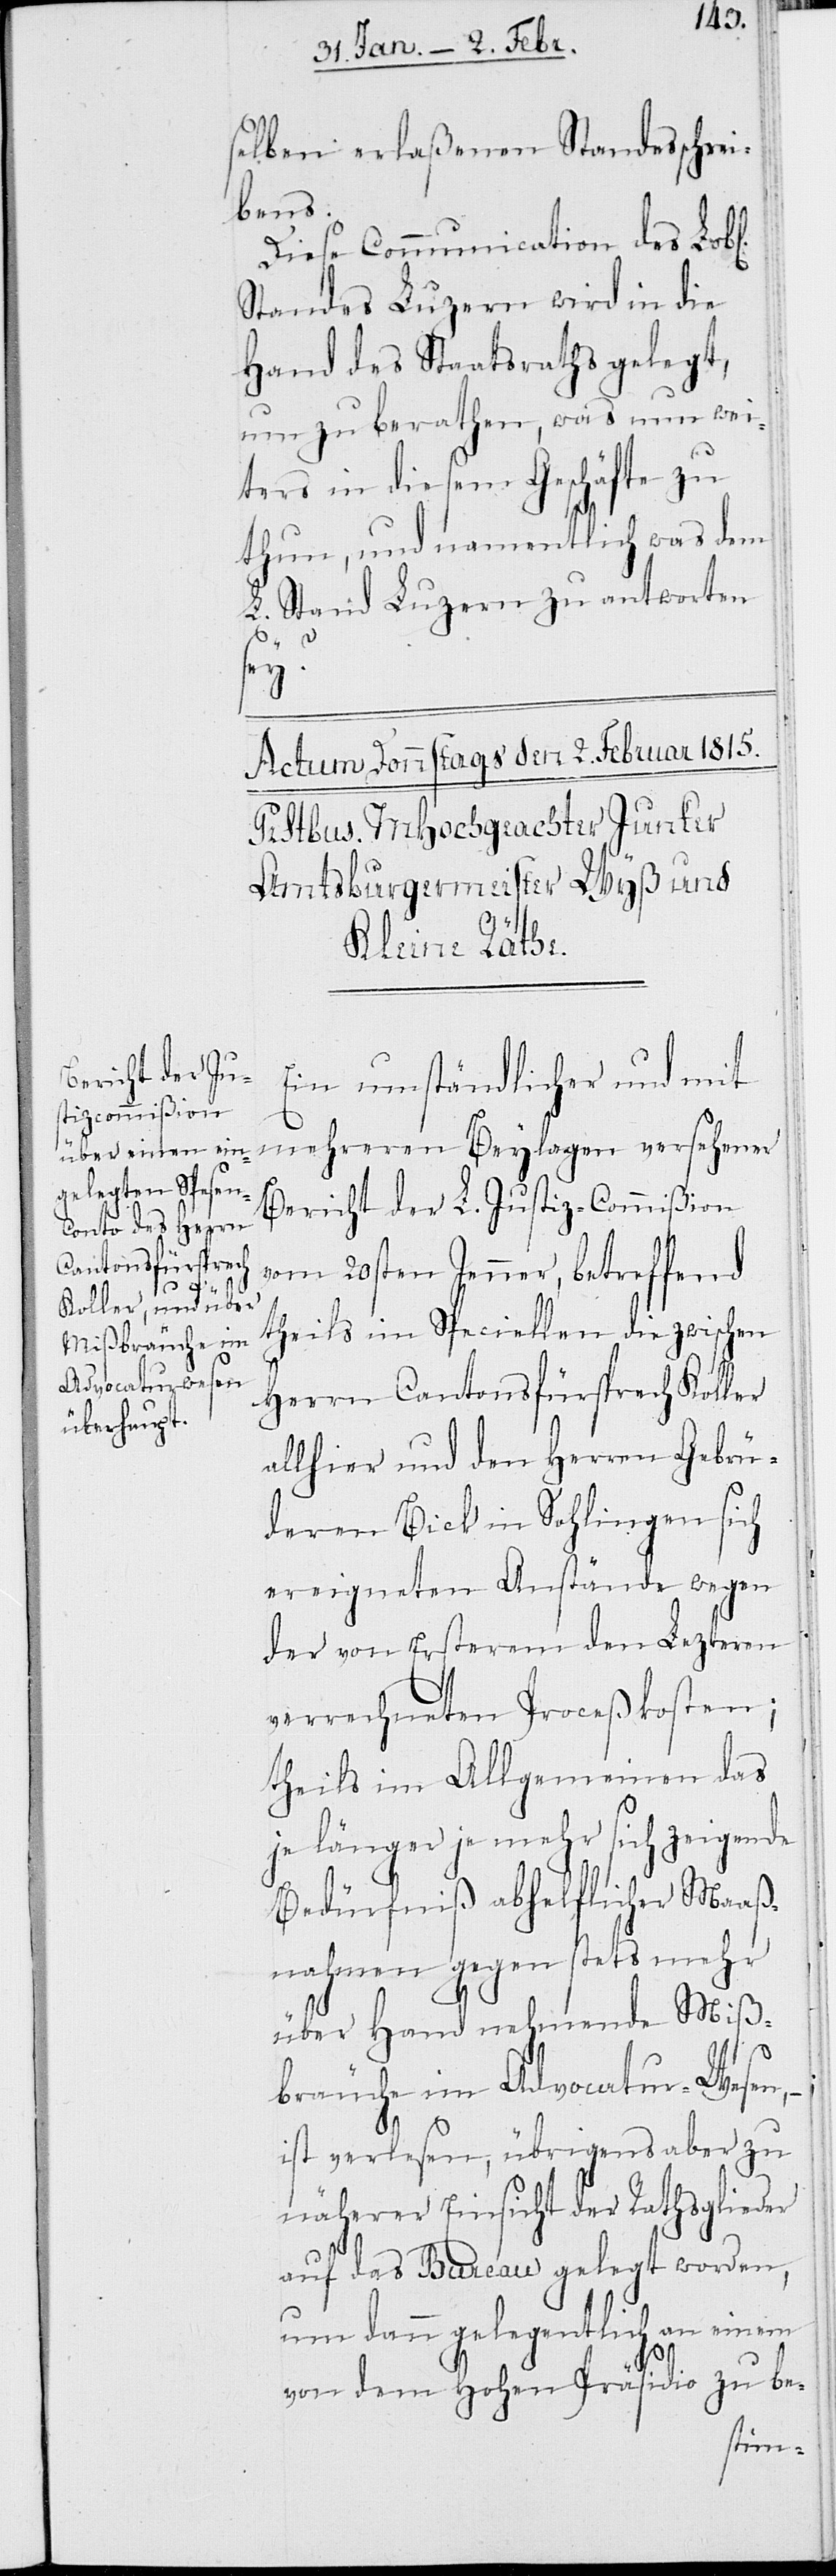
selben erlaßenen Standesschrei¬
bens.
Diese Communication des Lob¬
Standes Luzern wird in die
Hand des Staatsraths gelegt,
um zu berathen, was nun wei¬
ters in diesem Geschäfte zu
thun, und namentlich was dem
L. Stand Luzern zu antworten
sey?
Ein umständlicher und mit
mehreren Beylagen versehener
Bericht der L. Justiz-Commißion
vom 20sten Jenner, betreffend
theils im Speciellen die zwischen
Herrn Cantonsfürsprech Koller
allhier und den Herren Gebrü¬
deren Bick in Sohlingen sich
ereigneten Anstände wegen
der von Ersterem den Lezteren
verrechneten Proceßkosten;
theils im Allgemeinen das
je länger je mehr sich zeigende
Bedürfniß abhelflicher Maaß¬
nahmen gegen stets mehr
über Hand nehmende Miß¬
bräuche im Advocatur-Wesen, –
ist verlesen, übrigens aber zu
näherer Einsicht der Rathsglieder
auf das Bureau gelegt worden,
um dann gelegentlich an einem
von dem Hohen Präsidio zu be-